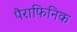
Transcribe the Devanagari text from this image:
पैराफिनिक